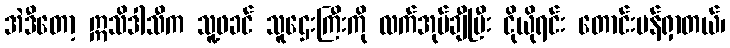
အဲဒီတော့ ဣသိဒါသီက သူ့ဖခင် သူဌေးကြီးကို လက်အုပ်ချီပြီး ငိုယိုရင်း တောင်းပန်ရှာတယ်၊